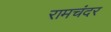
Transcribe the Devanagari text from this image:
रामचंदर